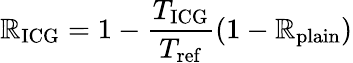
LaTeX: \mathbb{R}_{\mathrm{{ICG}}}=1-\frac{{T_{\mathrm{{ICG}}}}}{{T_{\mathrm{{ref}}}}}\left(1-\mathbb{R}_{\mathrm{{plain}}}\right)